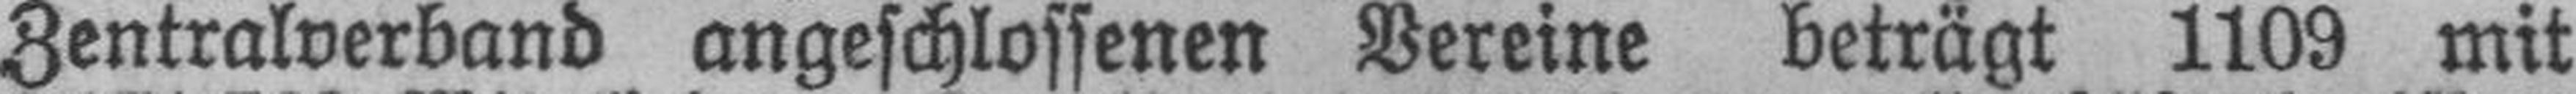
Zentralverband angeschlossenen Vereine beträgt 1109 mit